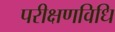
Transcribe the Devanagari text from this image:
परीक्षणविधि